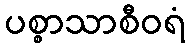
ပစ္စာသာစီဝရံ